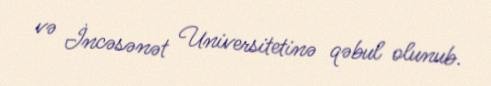
və İncəsənət Universitetinə qəbul olunub.